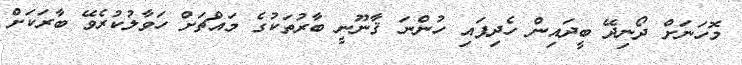
މޮހަނަށް ދޯނިދޭ ބީދައިން ހެދިފައި ހުންނަ ޤާނޫނީ ބާރުތަކުގެ މައްޗަށް ހަވާލުކުރެވޭ ބާރަކަށް